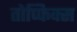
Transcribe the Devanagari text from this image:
तोप्फिक्स